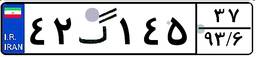
۴۲گ۱۴۵۳۷